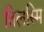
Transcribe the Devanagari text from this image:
तिलस्मि